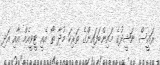
ރައީސް ނަޝީދުގެ މައިންބަފައިންގެ ތަރިކަ މުދާ ތޯ އެއީ ޓީވީއެމް އާއި އަދި